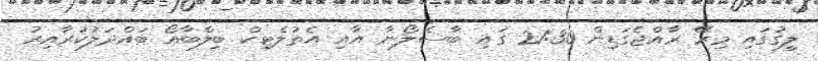
ލީގުގައި މިރޭ ރާއްޖެގަޑިން 21:30 ގައި ބާސެލޯނާ އާއި އެތުލެޓިކް ބިލްބާއޯ ބައްދަލުކުރާއިރު